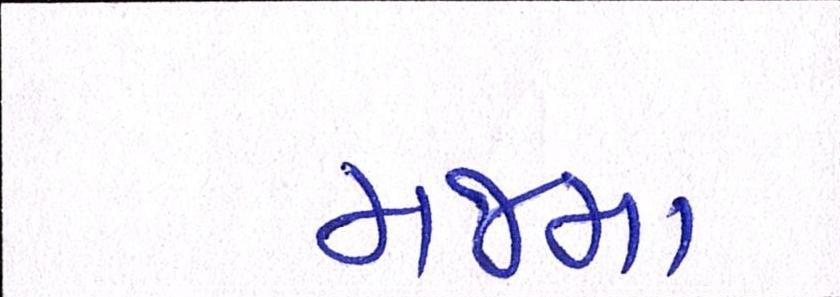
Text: મજમા